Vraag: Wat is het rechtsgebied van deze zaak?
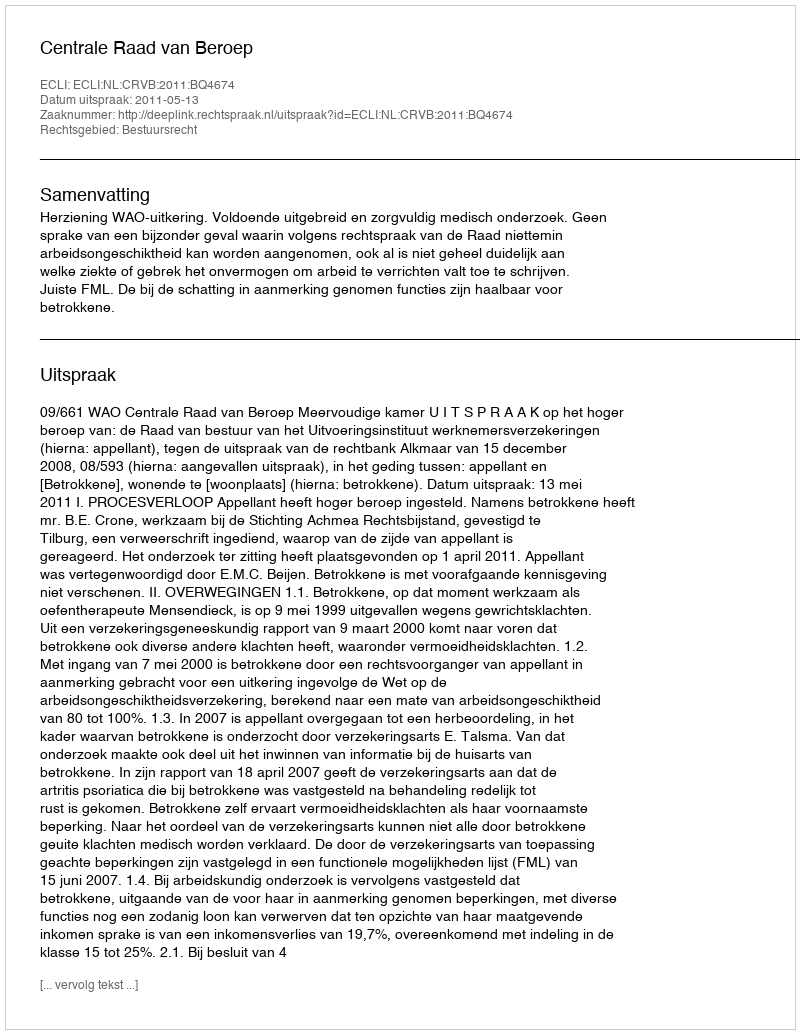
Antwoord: Bestuursrecht